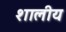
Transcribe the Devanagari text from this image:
शालीय